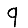
Digit: 9